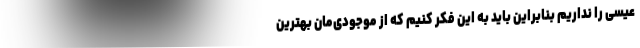
عیسی را نداریم بنابراین باید به این فکر کنیم که از موجودی‌مان بهترین